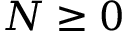
N \geq 0